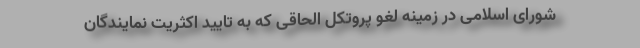
شورای اسلامی در زمینه لغو پروتکل الحاقی که به تایید اکثریت نمایندگان